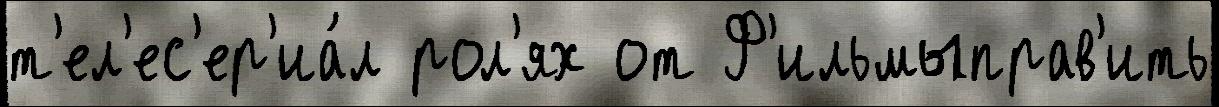
т'ел'ес'ер'иа́л рол'ях от Ф'ильмыправ'ить